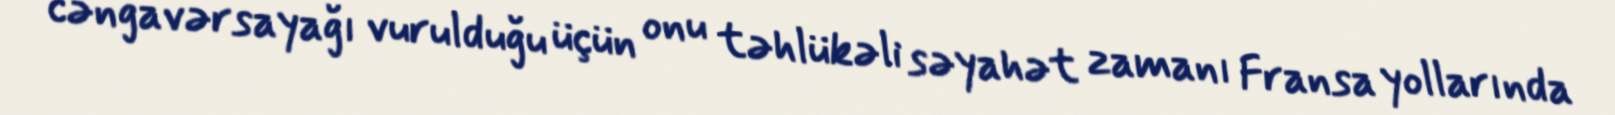
cəngavərsayağı vurulduğu üçün onu təhlükəli səyahət zamanı Fransa yollarında